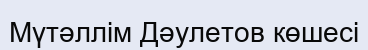
Мүтәллім Дәулетов көшесі